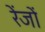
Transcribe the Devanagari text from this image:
रेंजों